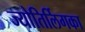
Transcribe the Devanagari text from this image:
ज्योतिर्लिगका